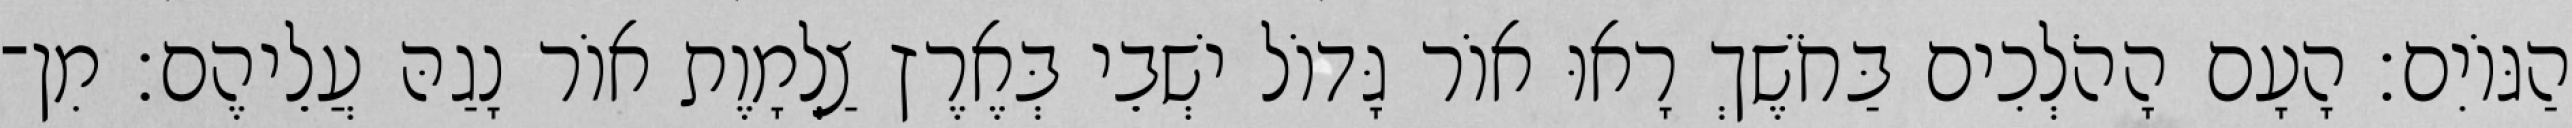
הַגּוֹיִם׃ הָעָם הָהֹלְכִים בַּחֹשֶׁךְ רָאוּ אוֹר גָּדוֹל ישְׁבֵי בְּאֶרֶץ צַלְמָוֶת אוֹר נָגַהּ עֲלֵיהֶם׃ מִן־